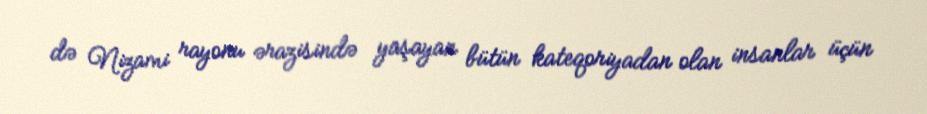
də Nizami rayonu ərazisində yaşayan bütün kateqoriyadan olan insanlar üçün